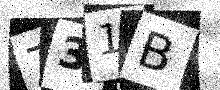
Text: Z31B